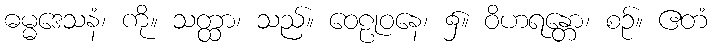
ဓမ္မဒေသနံ၊ ကို။ သတ္ထာ၊ သည်။ ဝေဠုဝနေ၊ ၌။ ဝိဟရန္တော၊ စဉ်။ ဧတံ